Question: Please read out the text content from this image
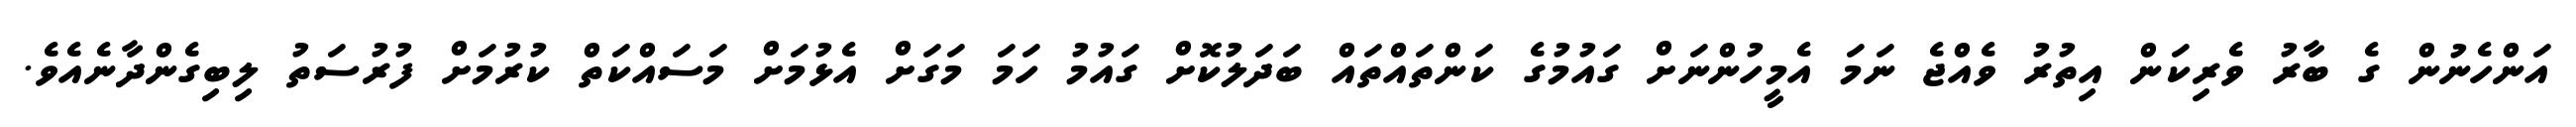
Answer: އަންހެނުން ގެ ބާރު ވެރިކަން އިތުރު ވެއްޖެ ނަމަ އެމީހުންނަށް ގައުމުގެ ކަންތައްތައް ބަދަލުކޮށް ގައުމު ހަމަ މަގަށް އެޅުމަށް މަސައްކަތް ކުރުމަށް ފުރުސަތު ލިބިގެންދާނެއެވެ.